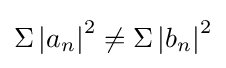
\Sigma \left|a_{n}\right|^{2}\neq \Sigma \left|b_{n}\right|^{2}